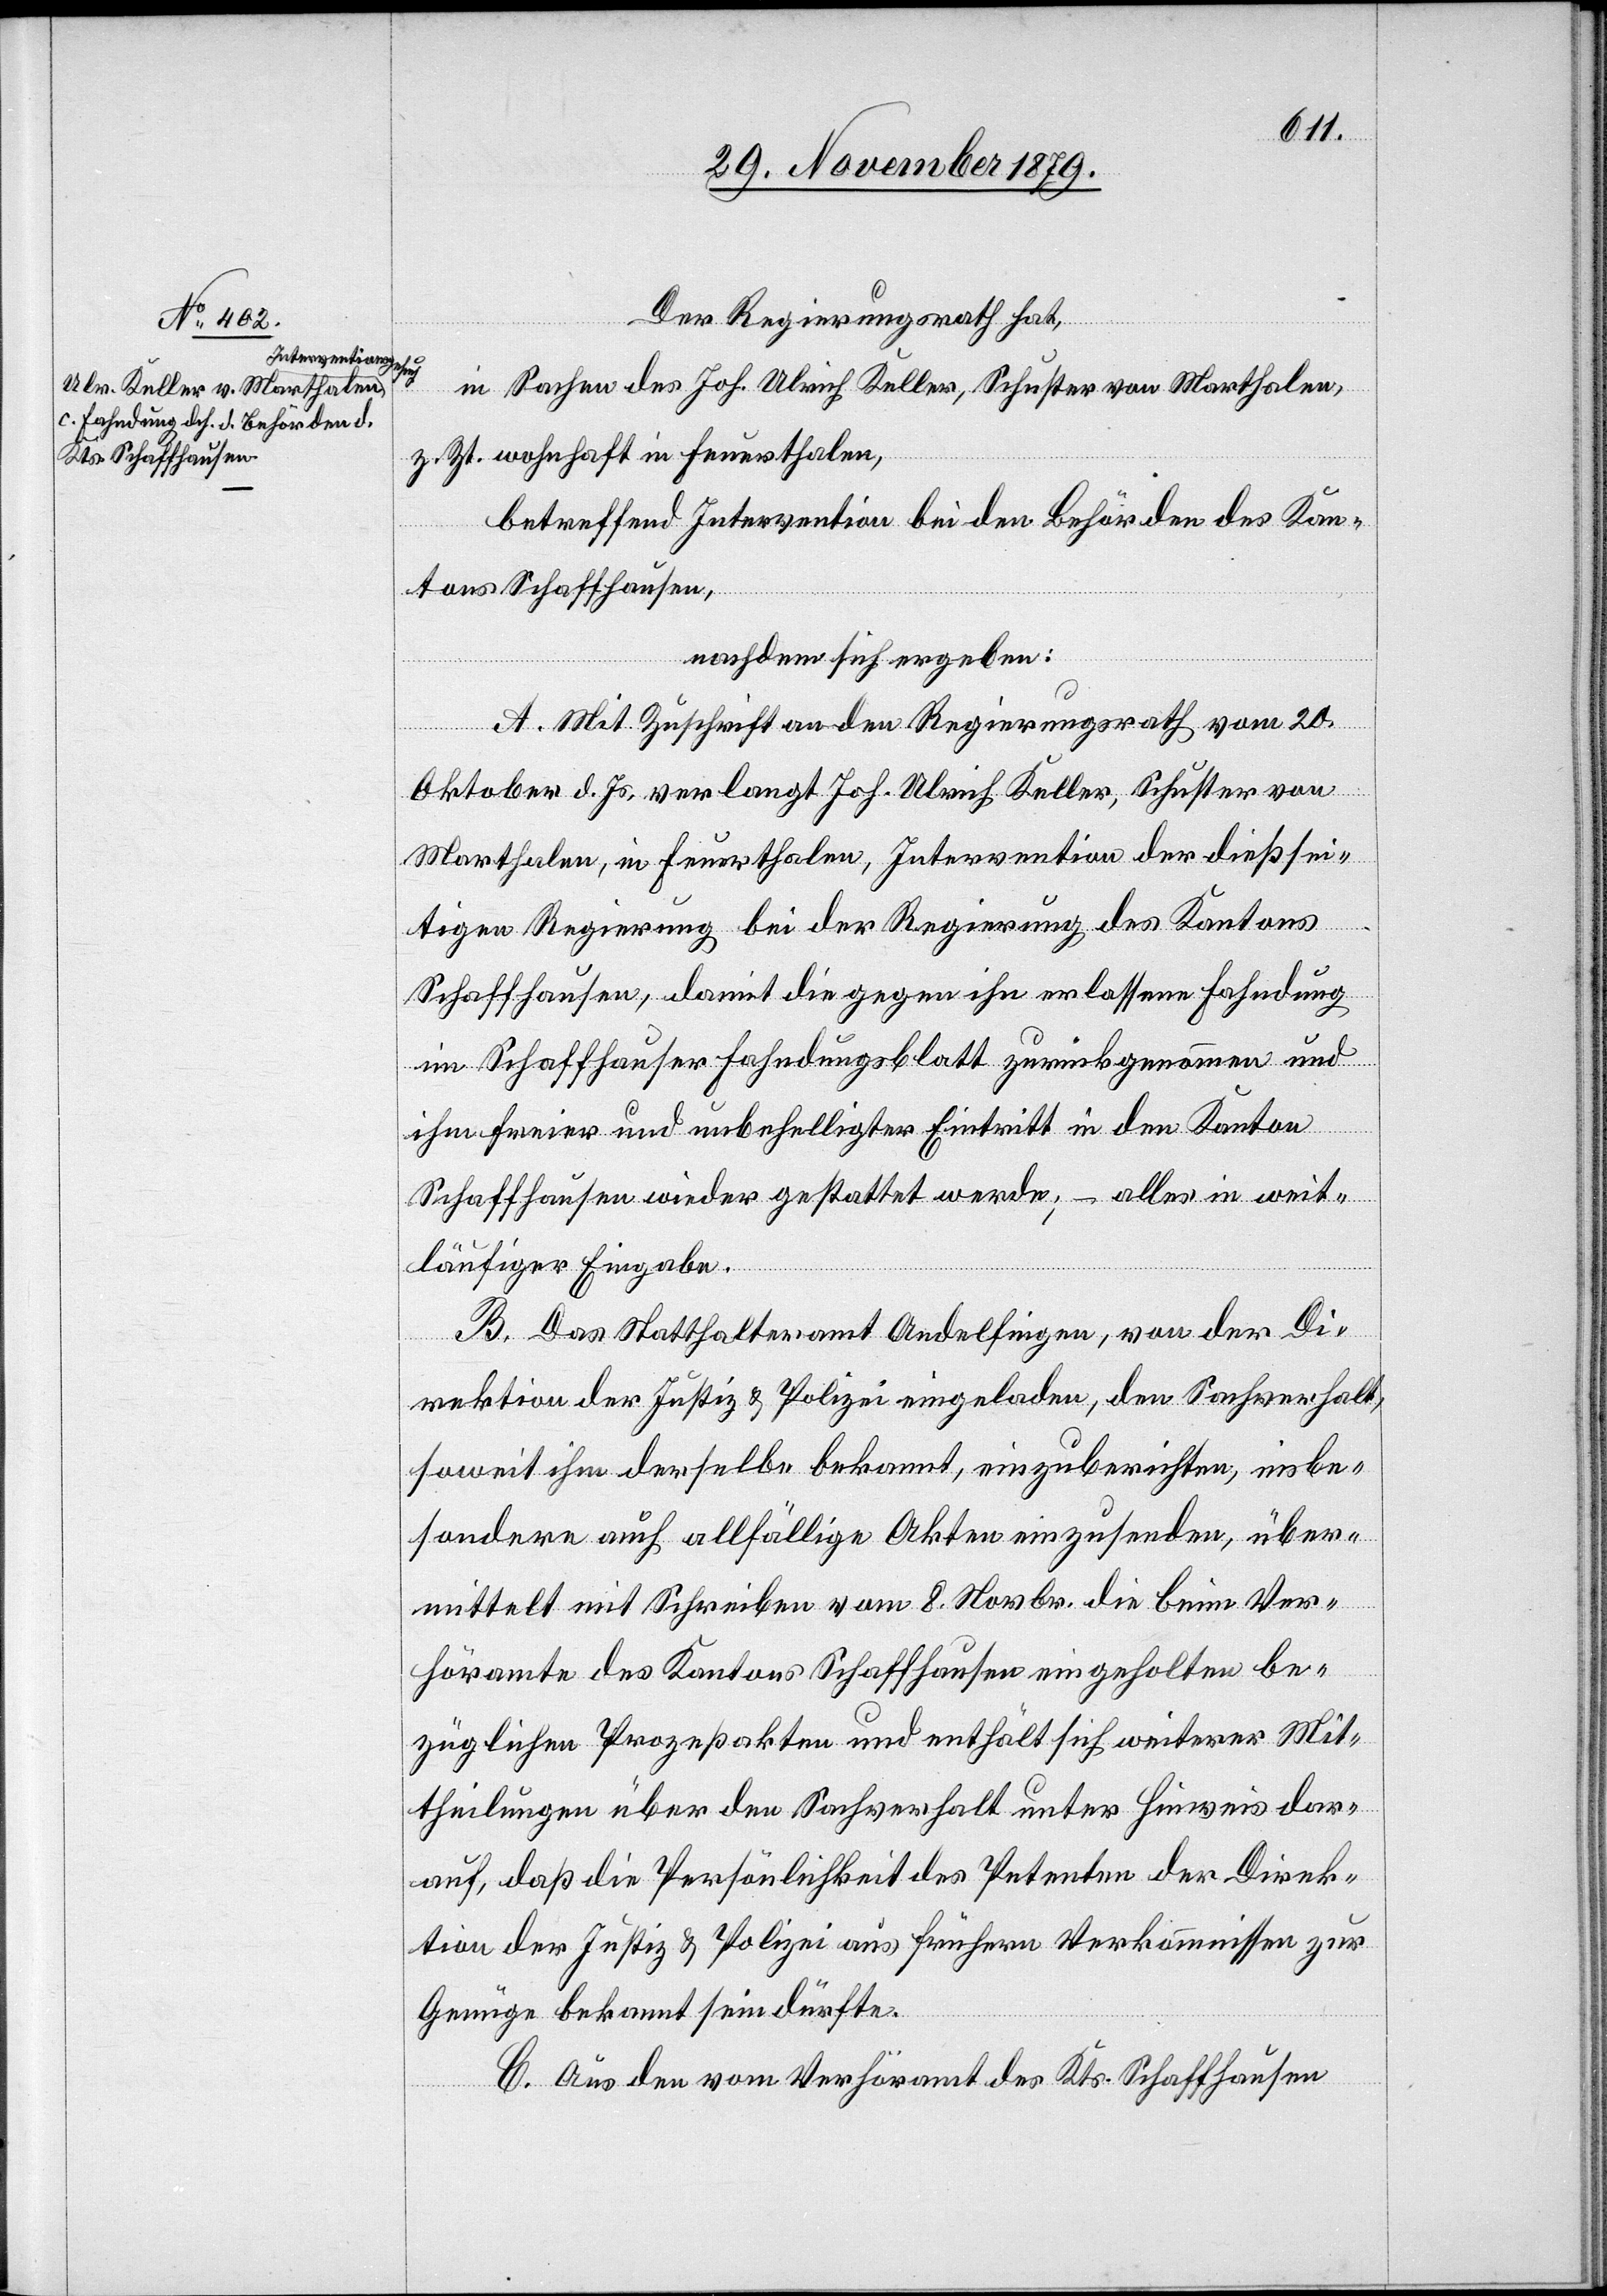
Der Regierungsrath hat,
in Sachen des Joh. Ulrich Keller, Schuster von Marthalen,
z. Zt. wohnhaft in Feuerthalen,
betreffend Intervention bei den Behörden des Kan¬
tons Schaffhausen,
nachdem sich ergeben:
A. Mit Zuschrift an den Regierungsrath vom 20.
Oktober d. Js., verlangt Joh. Ulrich Keller, Schuster von
Marthalen, in Feuerthalen, Intervention der dießsei¬
tigen Regierung bei der Regierung des Kantons
Schaffhausen, damit die gegen ihn erlassene Fahndung
im Schaffhauser Fahndungsblatt zurückgenommen und
ihm freier und unbehelligter Eintritt in den Kanton
Schaffhausen wieder gestattet werde; – alles in weit¬
läufiger Eingabe.
B. Das Statthalteramt Andelfingen, von der Di¬
rektion der Justiz & Polizei eingeladen, den Sachverhalt,
soweit ihm derselbe bekannt, einzuberichten, insbe¬
sondere auch allfällige Akten einzusenden, über¬
mittelt mit Schreiben vom 8. Novbr. die beim Ver¬
höramte des Kantons Schaffhausen eingeholten be¬
züglichen Prozeßakten und enthält sich weiterer Mit¬
theilungen über den Sachverhalt unter Hinweis dar¬
auf, daß die Persönlichkeit des Petenten der Direk¬
tion der Justiz & Polizei aus frühern Vorkommnissen zur
Genüge bekannt sein dürfte.
C. Aus den vom Verhöramt des Kts. Schaffhausen